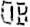
OB